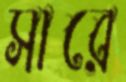
সারে